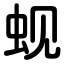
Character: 蚬